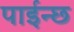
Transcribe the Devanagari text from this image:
पाईन्छ